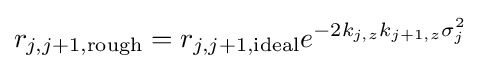
r_{j,j+1,{\text{rough}}}=r_{j,j+1,{\text{ideal}}}e^{-2k_{j,z}k_{j+1,z}\sigma _{j}^{2}}